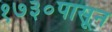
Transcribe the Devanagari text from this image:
१७३०पासून